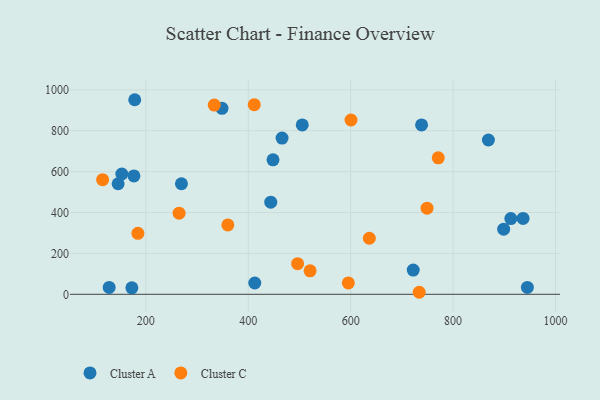
{"axis": {"x": "Distance", "y": "Profit"}, "legend": ["Cluster A", "Cluster C"], "data": [{"x": "348.7", "y": 909.4, "type": "Cluster A"}, {"x": "868.9", "y": 754.7, "type": "Cluster A"}, {"x": "945.0", "y": 33.4, "type": "Cluster A"}, {"x": "145.9", "y": 540.7, "type": "Cluster A"}, {"x": "898.7", "y": 318.5, "type": "Cluster A"}, {"x": "505.4", "y": 828.2, "type": "Cluster A"}, {"x": "443.9", "y": 450.6, "type": "Cluster A"}, {"x": "936.6", "y": 371.0, "type": "Cluster A"}, {"x": "178.3", "y": 951.6, "type": "Cluster A"}, {"x": "153.1", "y": 588.3, "type": "Cluster A"}, {"x": "722.1", "y": 118.4, "type": "Cluster A"}, {"x": "912.7", "y": 370.4, "type": "Cluster A"}, {"x": "176.7", "y": 578.8, "type": "Cluster A"}, {"x": "448.3", "y": 657.7, "type": "Cluster A"}, {"x": "128.4", "y": 33.8, "type": "Cluster A"}, {"x": "269.5", "y": 540.6, "type": "Cluster A"}, {"x": "738.4", "y": 828.5, "type": "Cluster A"}, {"x": "466.0", "y": 764.2, "type": "Cluster A"}, {"x": "412.7", "y": 55.2, "type": "Cluster A"}, {"x": "172.7", "y": 31.6, "type": "Cluster A"}, {"x": "184.5", "y": 298.2, "type": "Cluster C"}, {"x": "520.7", "y": 114.6, "type": "Cluster C"}, {"x": "496.3", "y": 149.6, "type": "Cluster C"}, {"x": "115.6", "y": 560.7, "type": "Cluster C"}, {"x": "411.7", "y": 927.3, "type": "Cluster C"}, {"x": "360.1", "y": 339.5, "type": "Cluster C"}, {"x": "771.0", "y": 667.6, "type": "Cluster C"}, {"x": "333.6", "y": 925.5, "type": "Cluster C"}, {"x": "749.1", "y": 421.2, "type": "Cluster C"}, {"x": "264.9", "y": 396.6, "type": "Cluster C"}, {"x": "595.4", "y": 55.4, "type": "Cluster C"}, {"x": "600.6", "y": 852.4, "type": "Cluster C"}, {"x": "733.8", "y": 9.9, "type": "Cluster C"}, {"x": "636.4", "y": 274.2, "type": "Cluster C"}]}